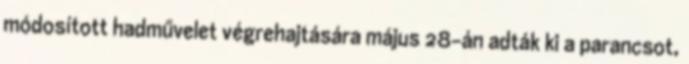
módosított hadművelet végrehajtására május 28-án adták ki a parancsot,